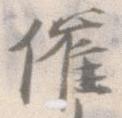
催